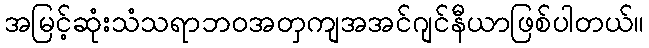
အမြင့်ဆုံးသံသရာဘဝအတှကျအအင်ဂျင်နီယာဖြစ်ပါတယ်။